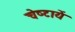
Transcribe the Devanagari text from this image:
चेष्‍टायें